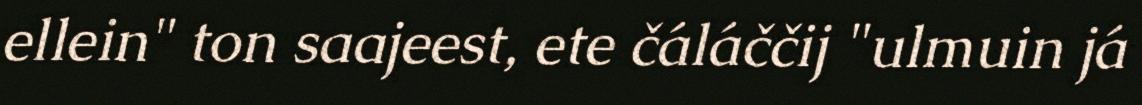
ellein" ton saajeest, ete čáláččij "ulmuin já